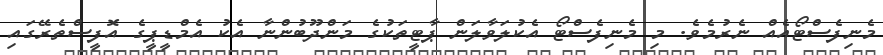
މެނިފެސްޓޯއެއް ނެރުމެވެ. މި މެނިފެސްޓޯ އެކުލަވާލަން ޕާޓީތަކުގެ މަންދޫބުންނާ އެކު އެމްޑީޕީގެ އޮފީސްތެރޭގައި